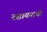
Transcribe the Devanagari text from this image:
रसायनाची